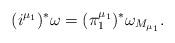
LaTeX: \begin{align*}(i^{\mu_1})^*\omega = (\pi_1^{\mu_1})^*\omega_{M_{\mu_1}}.\end{align*}